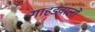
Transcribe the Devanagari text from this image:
गाहडवालों